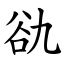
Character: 䜪